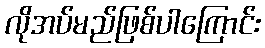
လိုအပ်မည်ဖြစ်ပါကြောင်း